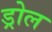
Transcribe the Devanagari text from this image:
ड्रोल